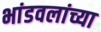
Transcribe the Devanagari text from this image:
भांडवलांच्या